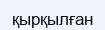
қырқылған